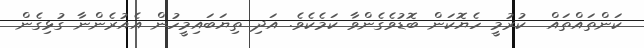
ކަންތައްތައް  ކުރުމީ ހެޔޮކަން ބޮޑުވެގެންވާ ކަމެކެވެ. އަދި ތިޔަބައިމީހުން އެއުރެންނާ ގުޅިގެން